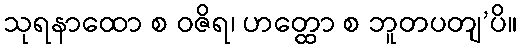
သုရနာထော စ ဝဇိရ၊ ဟတ္ထော စ ဘူတပတျ’ပိ။